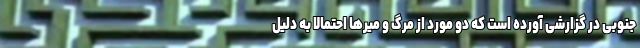
جنوبی در گزارشی آورده است که دو مورد از مرگ و میرها احتمالا به دلیل